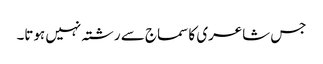
جس شاعری کا سماج سے رشتہ نہیں ہوتا۔